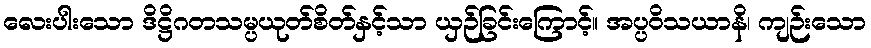
လေးပါးသော ဒိဋ္ဌိဂတသမ္ပယုတ်စိတ်နှင့်သာ ယှဉ်ခြင်းကြောင့်။ အပ္ပဝိသယာနိ၊ ကျဉ်းသော